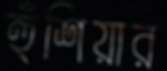
হুঁশিয়ার